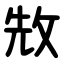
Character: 㪇